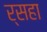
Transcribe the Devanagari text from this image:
र्सहा